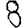
Digit: 8